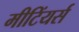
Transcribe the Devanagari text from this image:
मीटिंयर्स